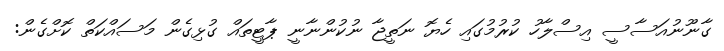
ގާނޫނުއަސާސީ އިސްލާހު ކުރުމުގައި ހެޔޮ ނަތީޖާ ނުކުންނާނީ ޕާޓީތައް ގުޅިގެން މަސައްކަތް ކޮށްގެން: